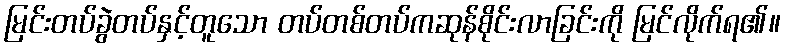
မြင်းတပ်ခွဲတပ်နှင့်တူသော တပ်တစ်တပ်ကဆုန်စိုင်းလာခြင်းကို မြင်လိုက်ရ၏။